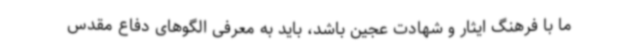
ما با فرهنگ ایثار و شهادت عجین باشد، باید به معرفی الگوهای دفاع مقدس